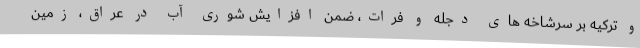
و ترکیه بر سرشاخه های دجله و فرات، ضمن افزایش شوری آب در عراق، زمین